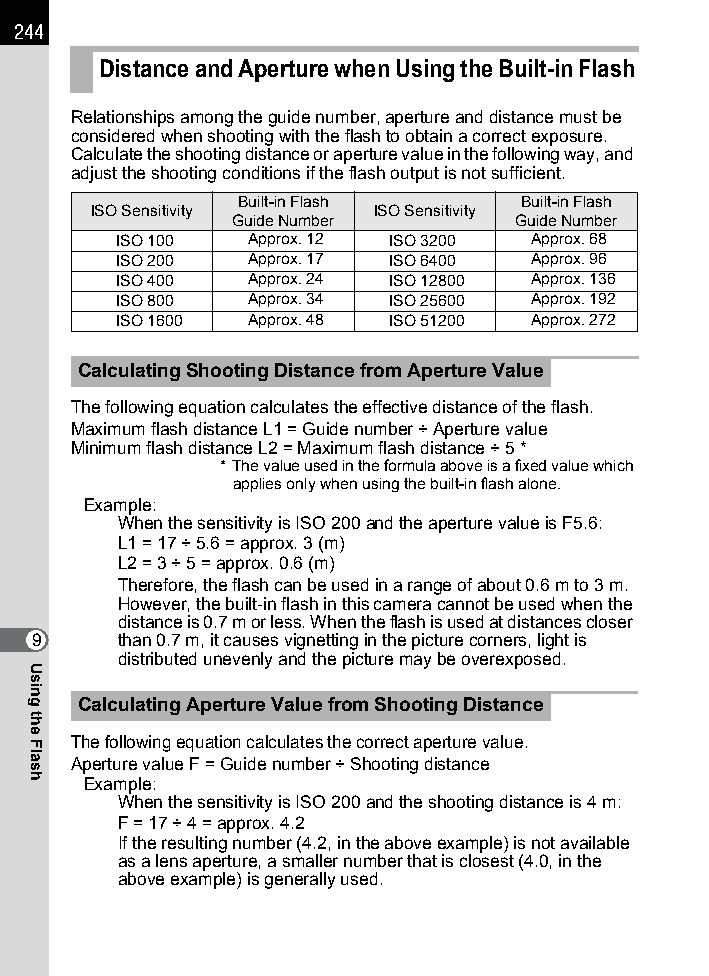
244
 Distance and Aperture when Using the Built-in Flash
 Relationships among the guide number, aperture and distance must be
 considered when shooting with the flash to obtain a correct exposure.
 Calculate the shooting distance or aperture value in the following way, and
 adjust the shooting conditions if the flash output is not sufficient.
 Built-in Flash    Built-in Flash
 ISO Sensitivity    ISO Sensitivity
 Guide Number       Guide Number
 ISO 100 Approx. 12 ISO 3200 Approx. 68
 ISO 200 Approx. 17 ISO 6400 Approx. 96
 ISO 400 Approx. 24 ISO 12800 Approx. 136
 ISO 800 Approx. 34 ISO 25600 Approx. 192
 ISO 1600 Approx. 48 ISO 51200 Approx. 272
 Calculating Shooting Distance from Aperture Value
 The following equation calculates the effective distance of the flash.
 Maximum flash distance L1 = Guide number ÷ Aperture value
 Minimum flash distance L2 = Maximum flash distance ÷ 5 *
 * The value used in the formula above is a fixed value which
 applies only when using the built-in flash alone.
 Example:
 When the sensitivity is ISO 200 and the aperture value is F5.6:
 L1 = 17 ÷ 5.6 = approx. 3 (m)
 L2 = 3 ÷ 5 = approx. 0.6 (m)
 Therefore, the flash can be used in a range of about 0.6 m to 3 m.
 However, the built-in flash in this camera cannot be used when the
 distance is 0.7 m or less. When the flash is used at distances closer
 9     than 0.7 m, it causes vignetting in the picture corners, light is
 distributed unevenly and the picture may be overexposed.
 Calculating Aperture Value from Shooting Distance
 The following equation calculates the correct aperture value.
 Aperture value F = Guide number ÷ Shooting distance
 Example:
 When the sensitivity is ISO 200 and the shooting distance is 4 m:
 F = 17 ÷ 4 = approx. 4.2
 If the resulting number (4.2, in the above example) is not available
 as a lens aperture, a smaller number that is closest (4.0, in the
 above example) is generally used.
 Using
 the
 Flash